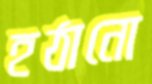
হঠানো